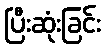
ပြီးဆုံးခြင်း